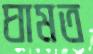
ঘামত